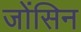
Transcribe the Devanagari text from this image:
जोंसिन